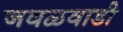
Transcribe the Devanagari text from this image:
जवळवाडी